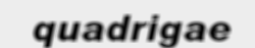
quadrigae